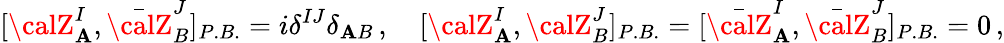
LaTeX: [{\calZ}_{\mathbf{A}}^{I},\bar{{\calZ}}_{B}^{J}]_{P.B.}=i\delta^{IJ}\delta_{\mathbf{A}B}\, ,\quad[{\calZ}_{\mathbf{A}}^{I},{\calZ}_{B}^{J}]_{P.B.}=[\bar{{\calZ}}_{\mathbf{A}}^{I},\bar{{\calZ}}_{B}^{J}]_{P.B.}=0\, ,